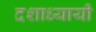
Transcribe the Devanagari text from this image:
दशाध्यायी